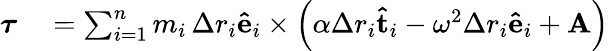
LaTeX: \begin{array}{rl}{{\boldsymbol{\tau}}}&{{}=\sum_{i=1}^{n}m_{i}\, \Delta r_{i}\mathbf{\hat{e}}_{i}\times\left(\alpha\Delta r_{i}\mathbf{\hat{t}}_{i}-\omega^{2}\Delta r_{i}\mathbf{\hat{e}}_{i}+\mathbf{A}\right)}\end{array}